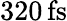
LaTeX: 320\, \mathrm{fs}